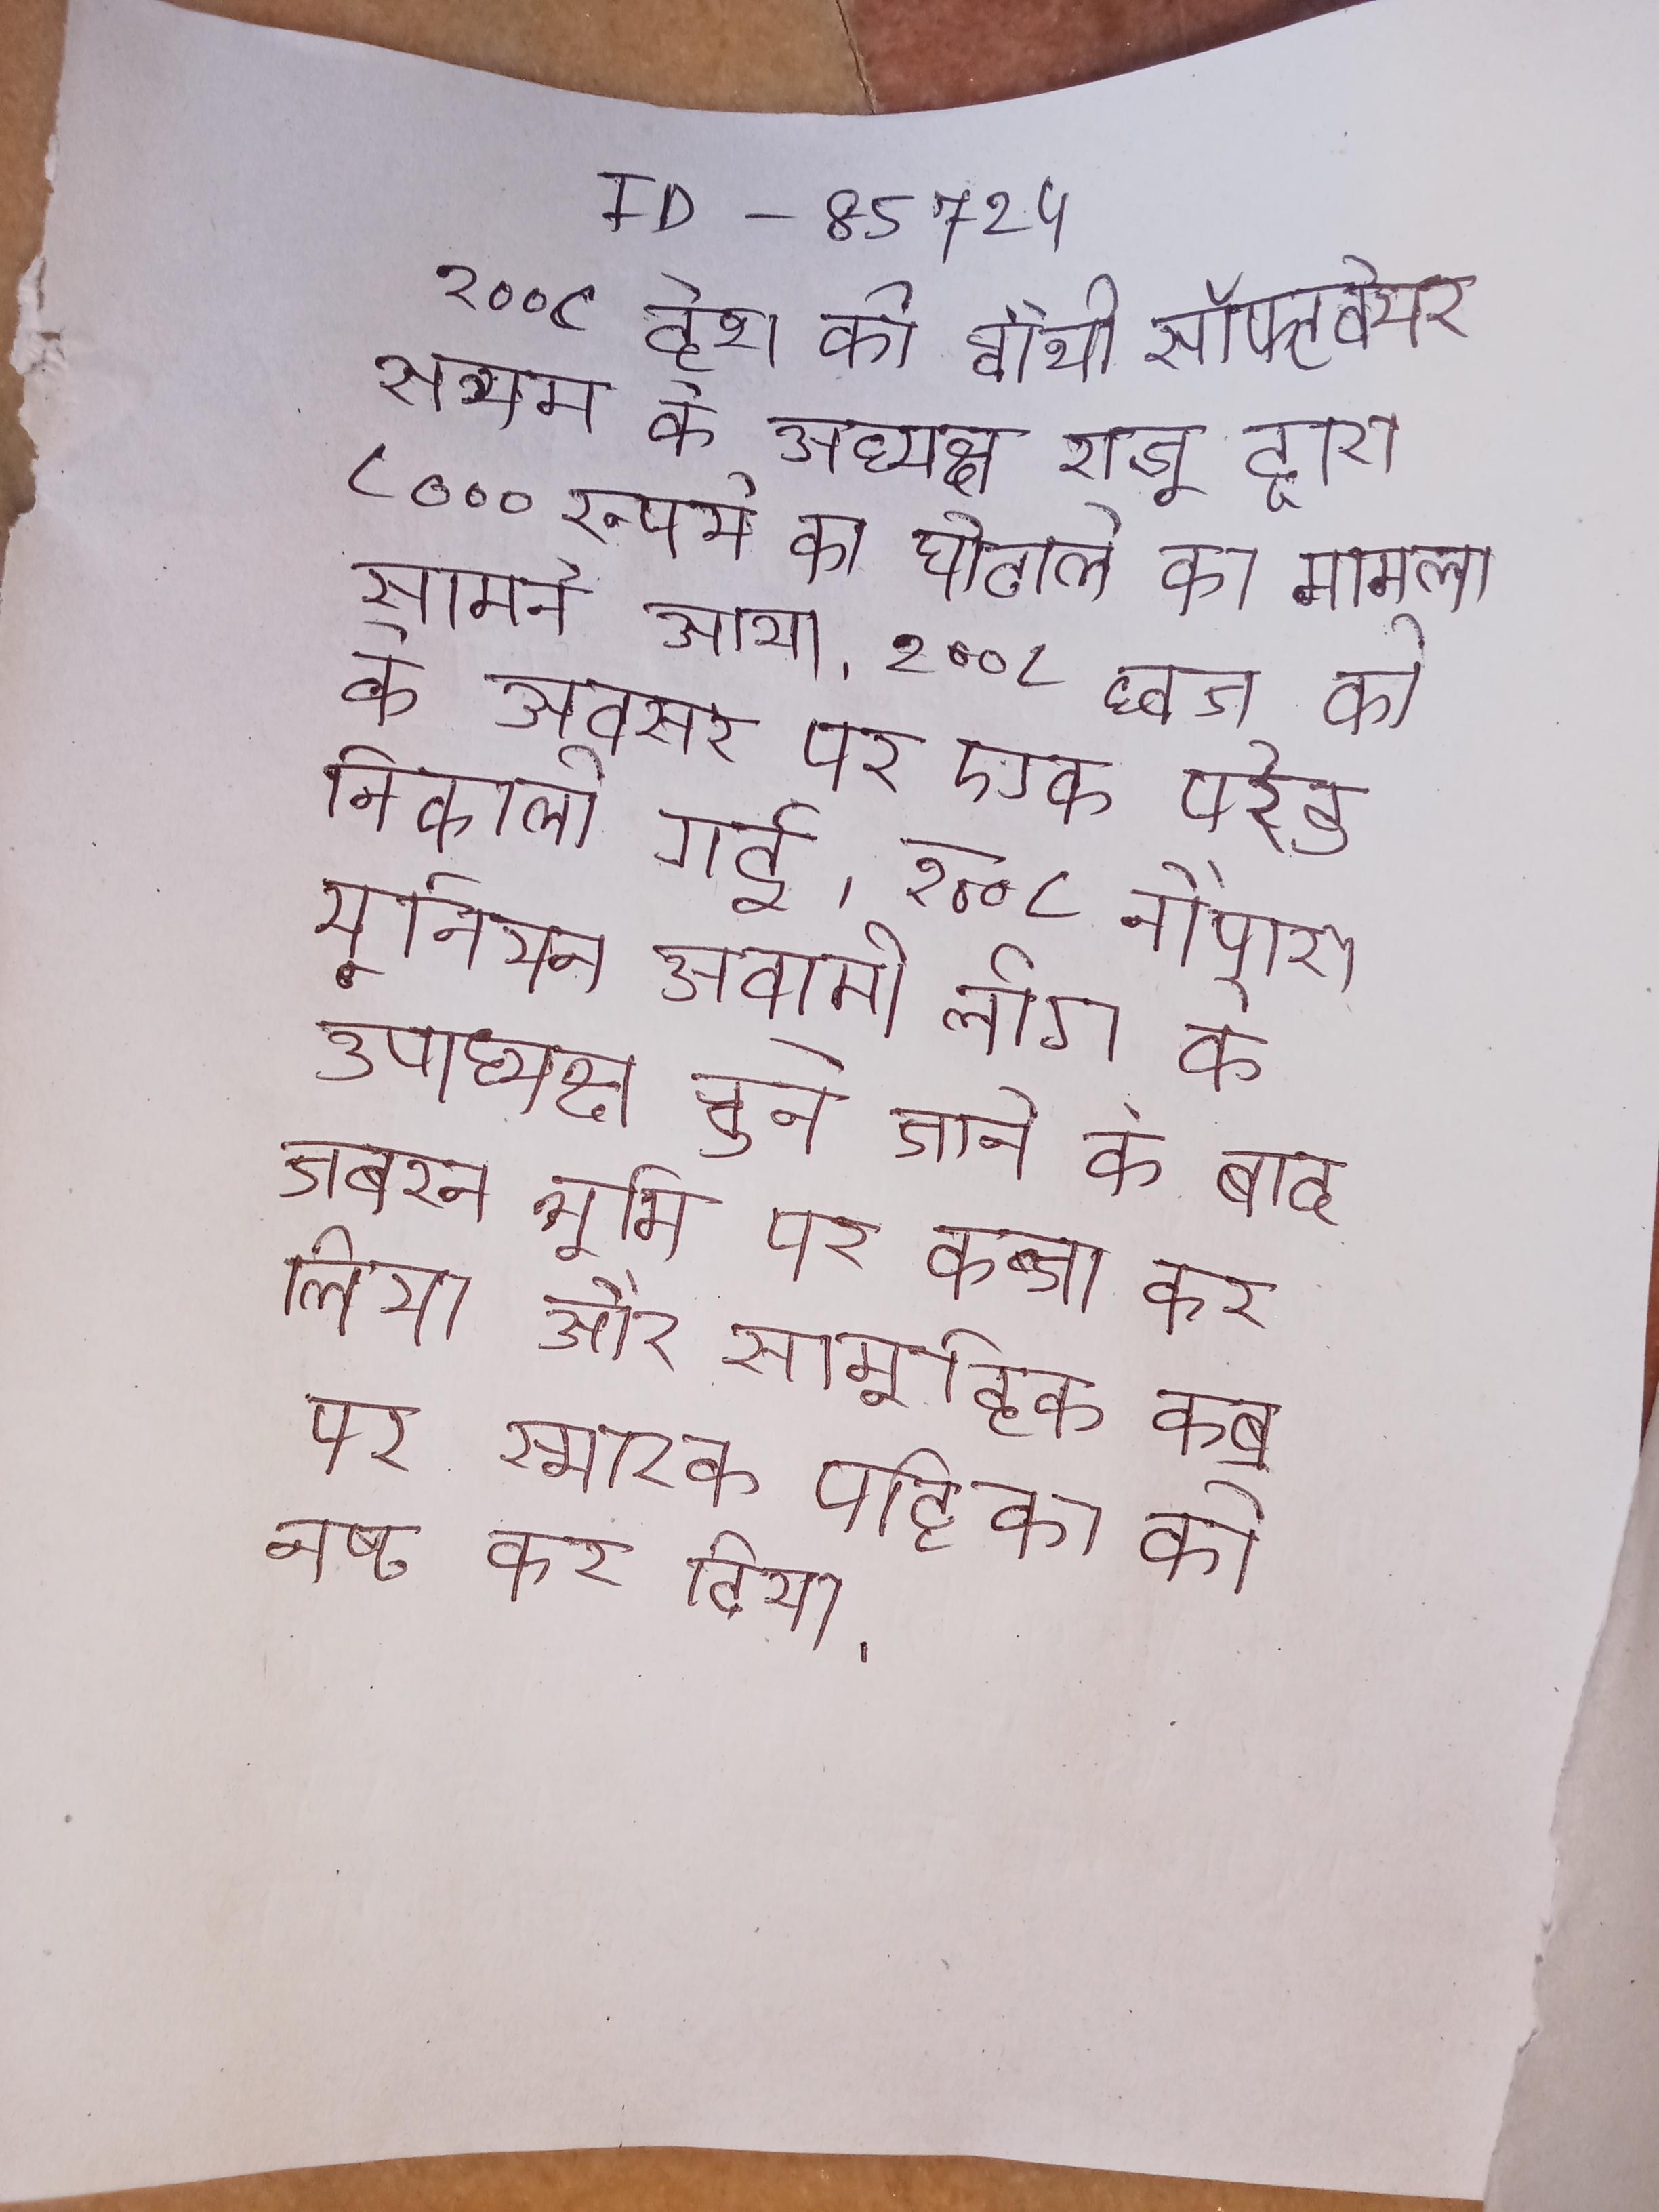
२००८ देश की चौथी सॉफ्टवेयर सत्यम के अध्यक्ष राजू द्वारा ८००० रूपये का घोटाले का मामला सामने आया । २००८ ध्वज की के अवसर पर एक परेड निकाली गई । २००८ नौपारा यूनियन अवामी लीग के उपाध्यक्ष चुने जाने के बाद जबरन भूमि पर कब्जा कर लिया और सामूहिक कब्र पर स्मारक पट्टिका को नष्ट कर दिया ।